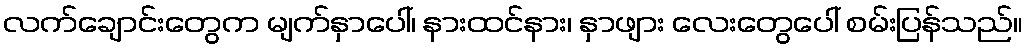
လက်ချောင်းတွေက မျက်နှာပေါ်၊ နားထင်နား၊ နှာဖျား လေးတွေပေါ် စမ်းပြန်သည်။